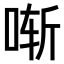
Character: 𫪚